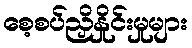
စေ့စပ်ညှိနှိုင်းမှုများ